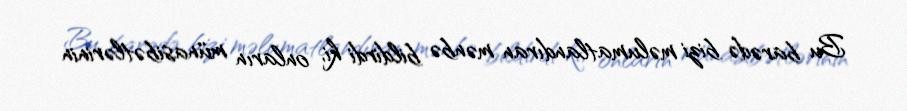
Bu barədə bizi məlumatlandıran mənbə bildirdi ki, onların münasibətlərinin